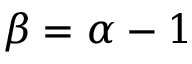
\beta = \alpha - 1